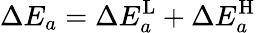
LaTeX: \Delta E_{a}=\Delta E_{a}^{\mathrm{L}}+\Delta E_{a}^{\mathrm{H}}